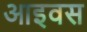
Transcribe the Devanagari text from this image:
आइवस